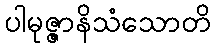
ပါမုဇ္ဇာနိသံသောတိ